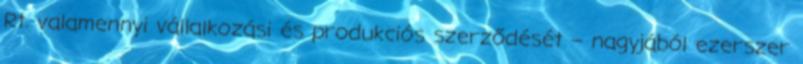
Rt. valamennyi vállalko­zá­­si és produkciós szerződését – nagyjából ezerszer